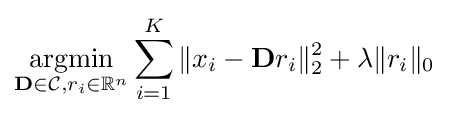
{\underset {\mathbf {D} \in {\mathcal {C}},r_{i}\in \mathbb {R} ^{n}}{\text{argmin}}}\sum _{i=1}^{K}\|x_{i}-\mathbf {D} r_{i}\|_{2}^{2}+\lambda \|r_{i}\|_{0}